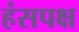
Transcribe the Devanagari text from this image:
हंसपक्ष